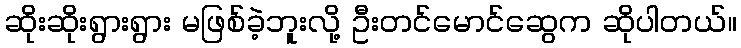
ဆိုးဆိုးရွားရွား မဖြစ်ခဲ့ဘူးလို့ ဦးတင်မောင်ဆွေက ဆိုပါတယ်။